65_HS1-834228961_62-HQ-83894_Serial_164
Agency: FBI
Page 60
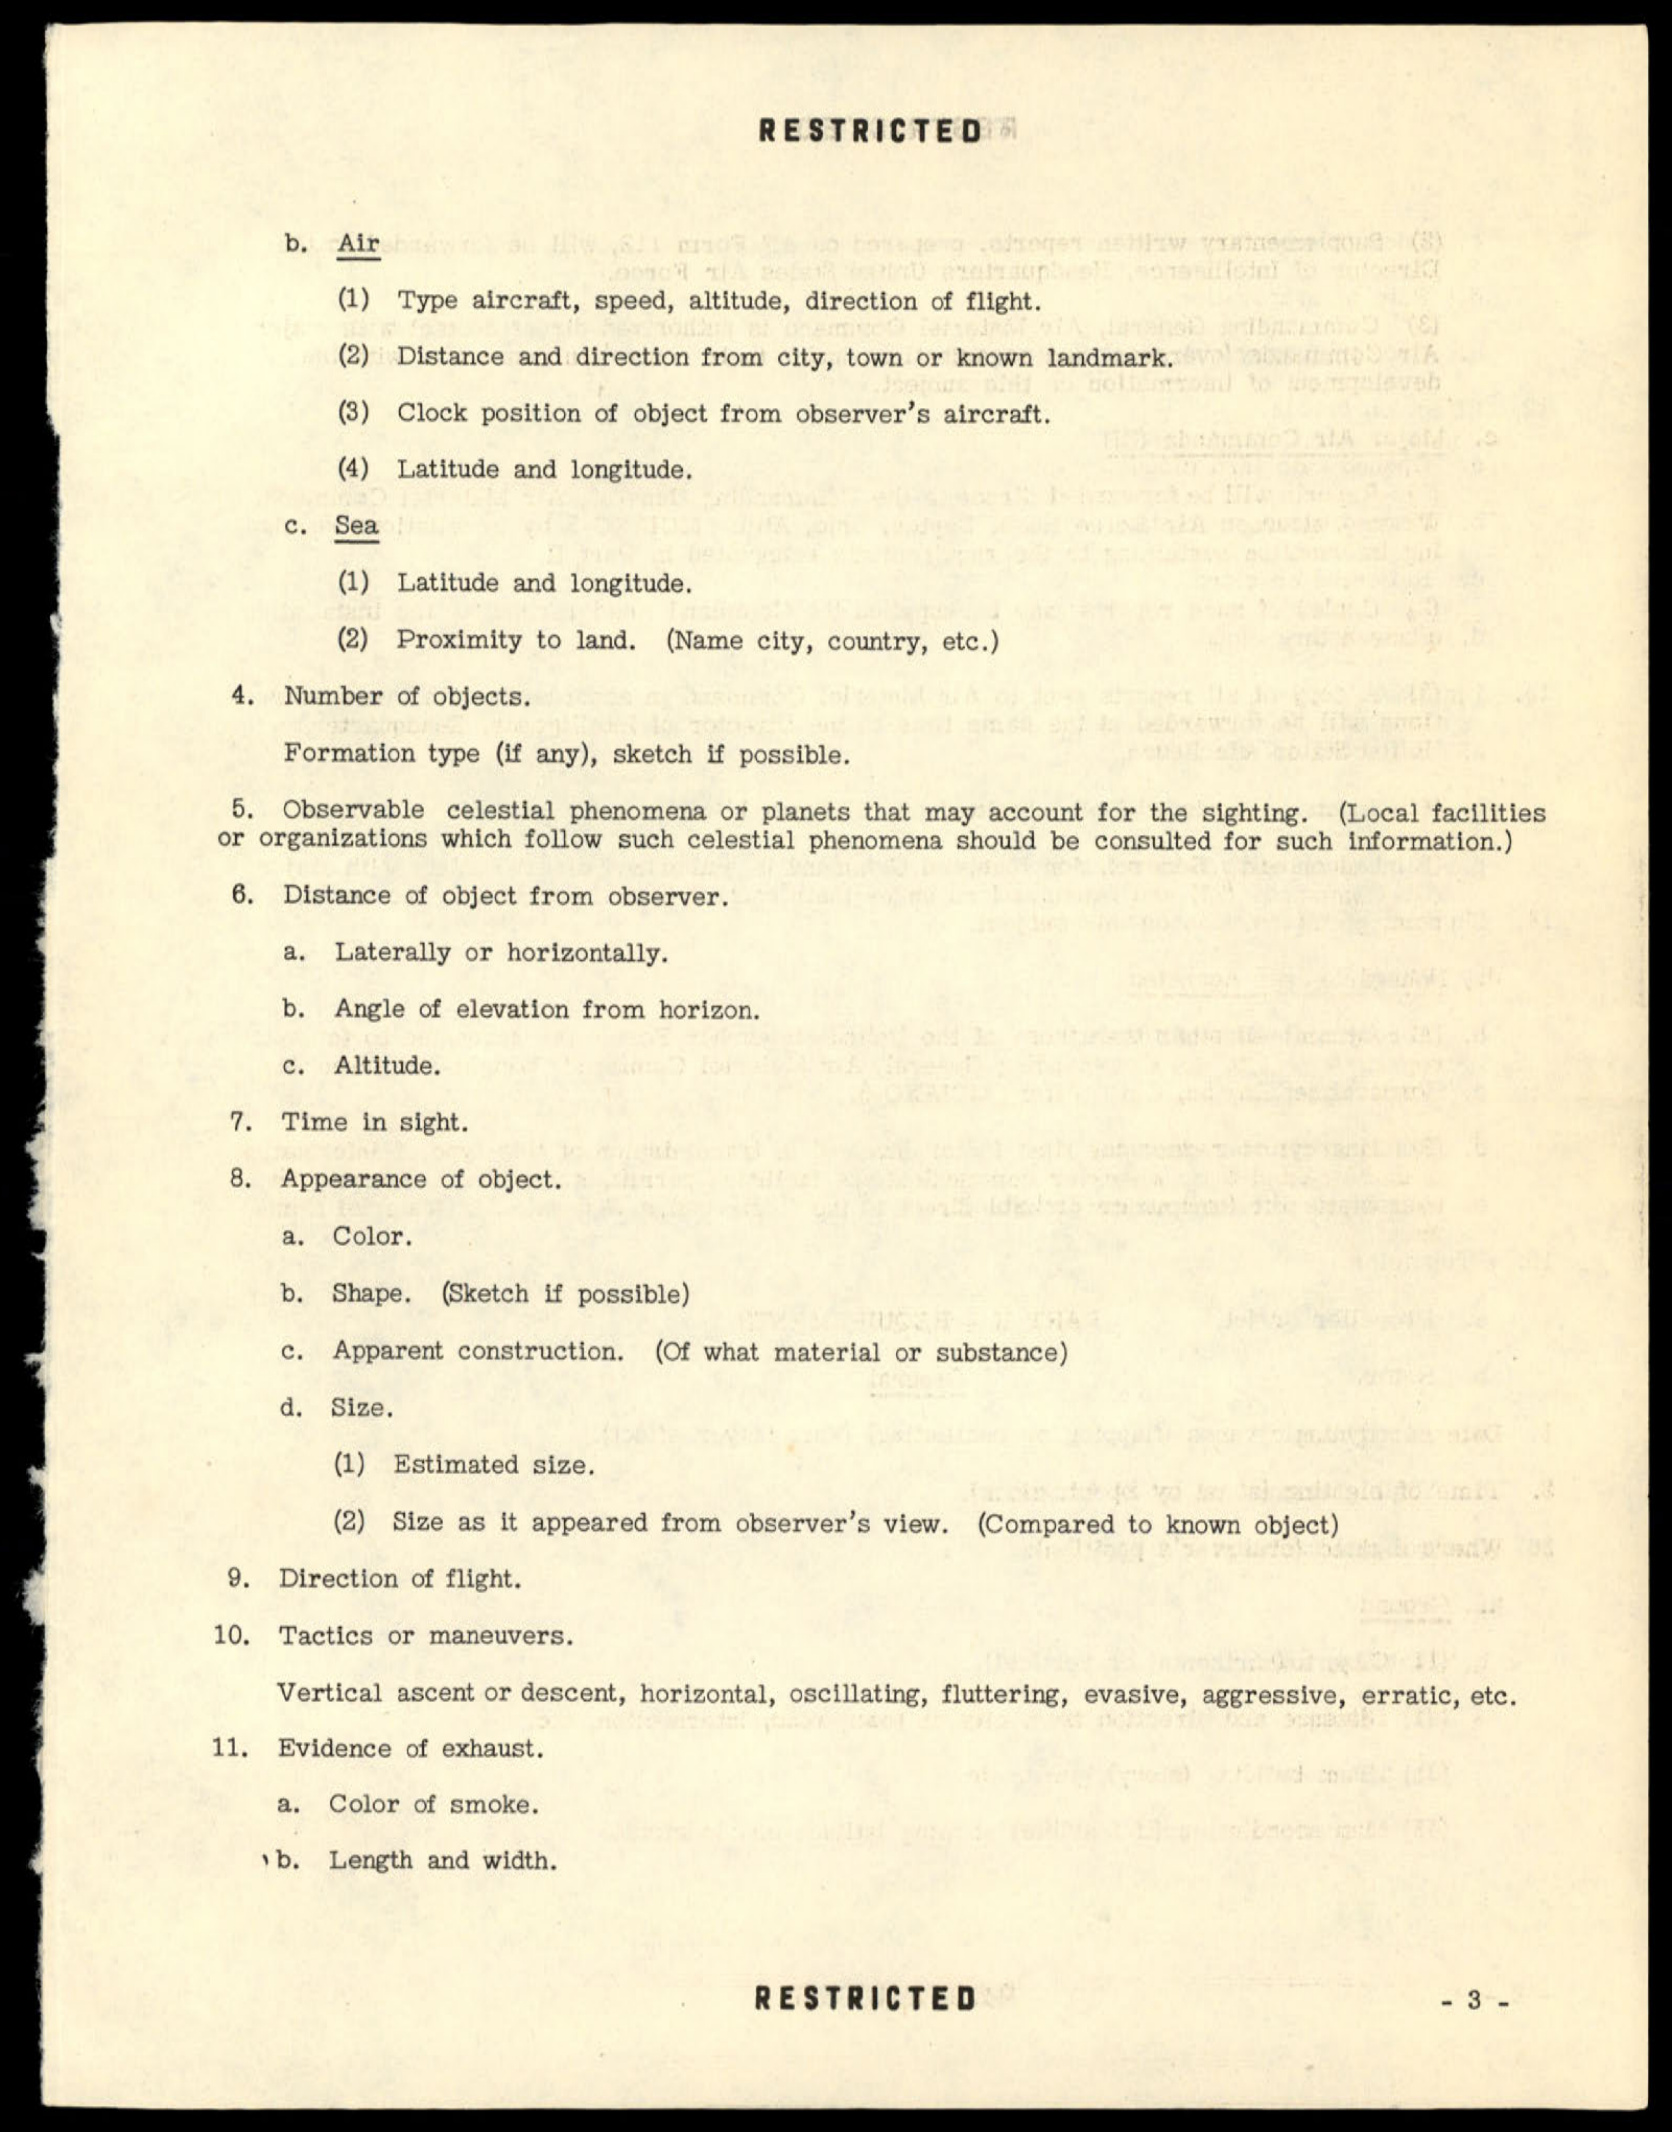